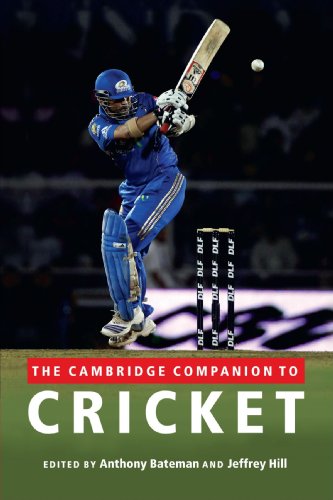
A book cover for The Cambridge Companion to Cricket; Sports & Outdoors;